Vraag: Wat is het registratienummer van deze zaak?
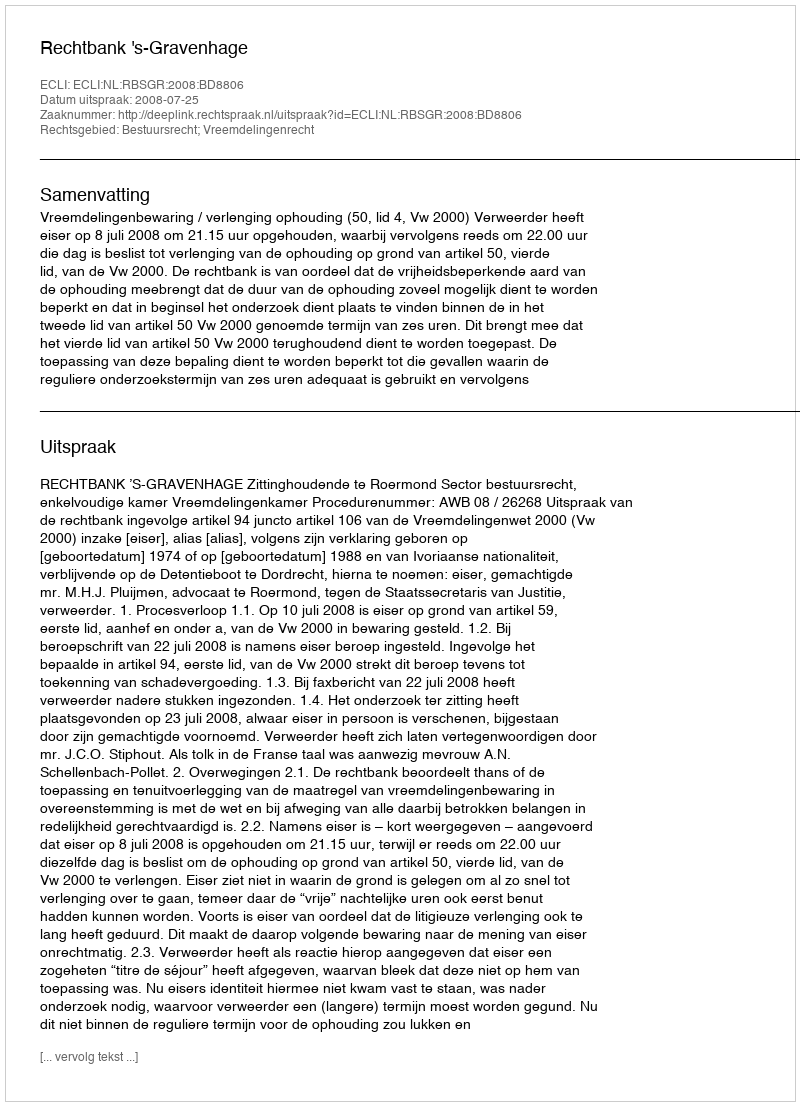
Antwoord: http://deeplink.rechtspraak.nl/uitspraak?id=ECLI:NL:RBSGR:2008:BD8806